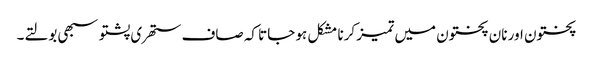
پختون اور نان پختون میں تمیز کرنا مشکل ہو جاتا کہ صاف ستھری پشتو سبھی بولتے۔